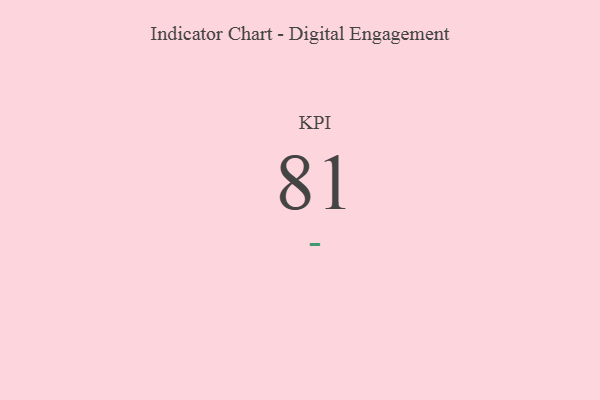
{"axis": {"x": "KPI", "y": "Value"}, "legend": [""], "data": [{"x": "KPI", "y": 81, "type": ""}]}